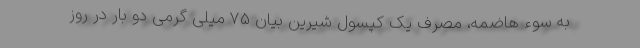
به سوء هاضمه، مصرف یک کپسول شیرین بیان 75 میلی گرمی دو بار در روز